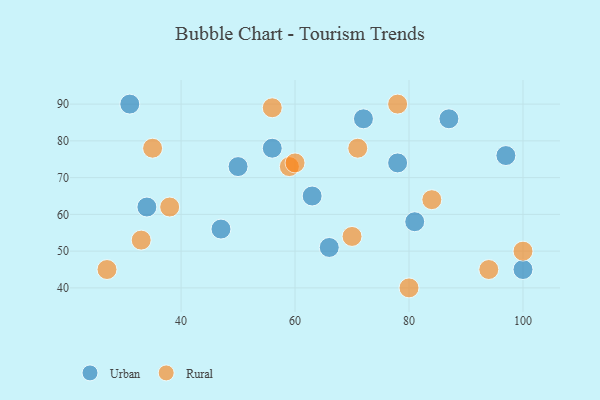
{"axis": {"x": "GDP", "y": "Life Expectancy"}, "legend": ["Rural", "Urban"], "data": [{"x": "78", "y": 74, "type": "Urban"}, {"x": "31", "y": 90, "type": "Urban"}, {"x": "100", "y": 45, "type": "Urban"}, {"x": "87", "y": 86, "type": "Urban"}, {"x": "63", "y": 65, "type": "Urban"}, {"x": "47", "y": 56, "type": "Urban"}, {"x": "97", "y": 76, "type": "Urban"}, {"x": "72", "y": 86, "type": "Urban"}, {"x": "81", "y": 58, "type": "Urban"}, {"x": "34", "y": 62, "type": "Urban"}, {"x": "50", "y": 73, "type": "Urban"}, {"x": "66", "y": 51, "type": "Urban"}, {"x": "56", "y": 78, "type": "Urban"}, {"x": "84", "y": 64, "type": "Rural"}, {"x": "33", "y": 53, "type": "Rural"}, {"x": "71", "y": 78, "type": "Rural"}, {"x": "78", "y": 90, "type": "Rural"}, {"x": "94", "y": 45, "type": "Rural"}, {"x": "80", "y": 40, "type": "Rural"}, {"x": "56", "y": 89, "type": "Rural"}, {"x": "100", "y": 50, "type": "Rural"}, {"x": "38", "y": 62, "type": "Rural"}, {"x": "70", "y": 54, "type": "Rural"}, {"x": "59", "y": 73, "type": "Rural"}, {"x": "60", "y": 74, "type": "Rural"}, {"x": "35", "y": 78, "type": "Rural"}, {"x": "27", "y": 45, "type": "Rural"}]}